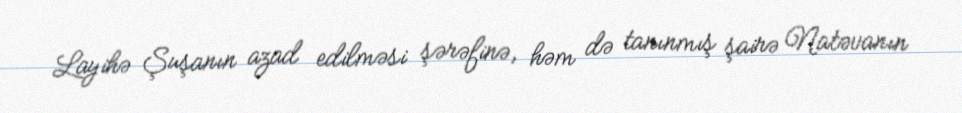
Layihə Şuşanın azad edilməsi şərəfinə, həm də tanınmış şairə Natəvanın